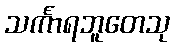
သင်္ကာရဘူတေသု